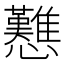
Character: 戁